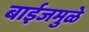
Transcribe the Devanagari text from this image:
बाईजमुळे